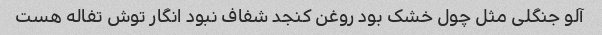
آلو جنگلی مثل چول خشک بود روغن کنجد شفاف نبود انگار توش تفاله هست